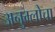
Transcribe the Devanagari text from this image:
अनुम्लोचा